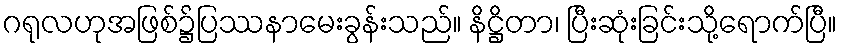
ဂရုလဟုအဖြစ်၌ပြဿနာမေးခွန်းသည်။ နိဋ္ဌိတာ၊ ပြီးဆုံးခြင်းသို့ရောက်ပြီ။